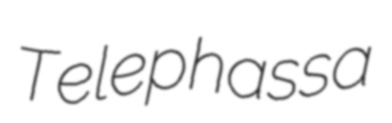
Telephassa